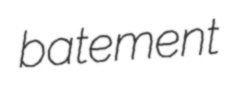
batement